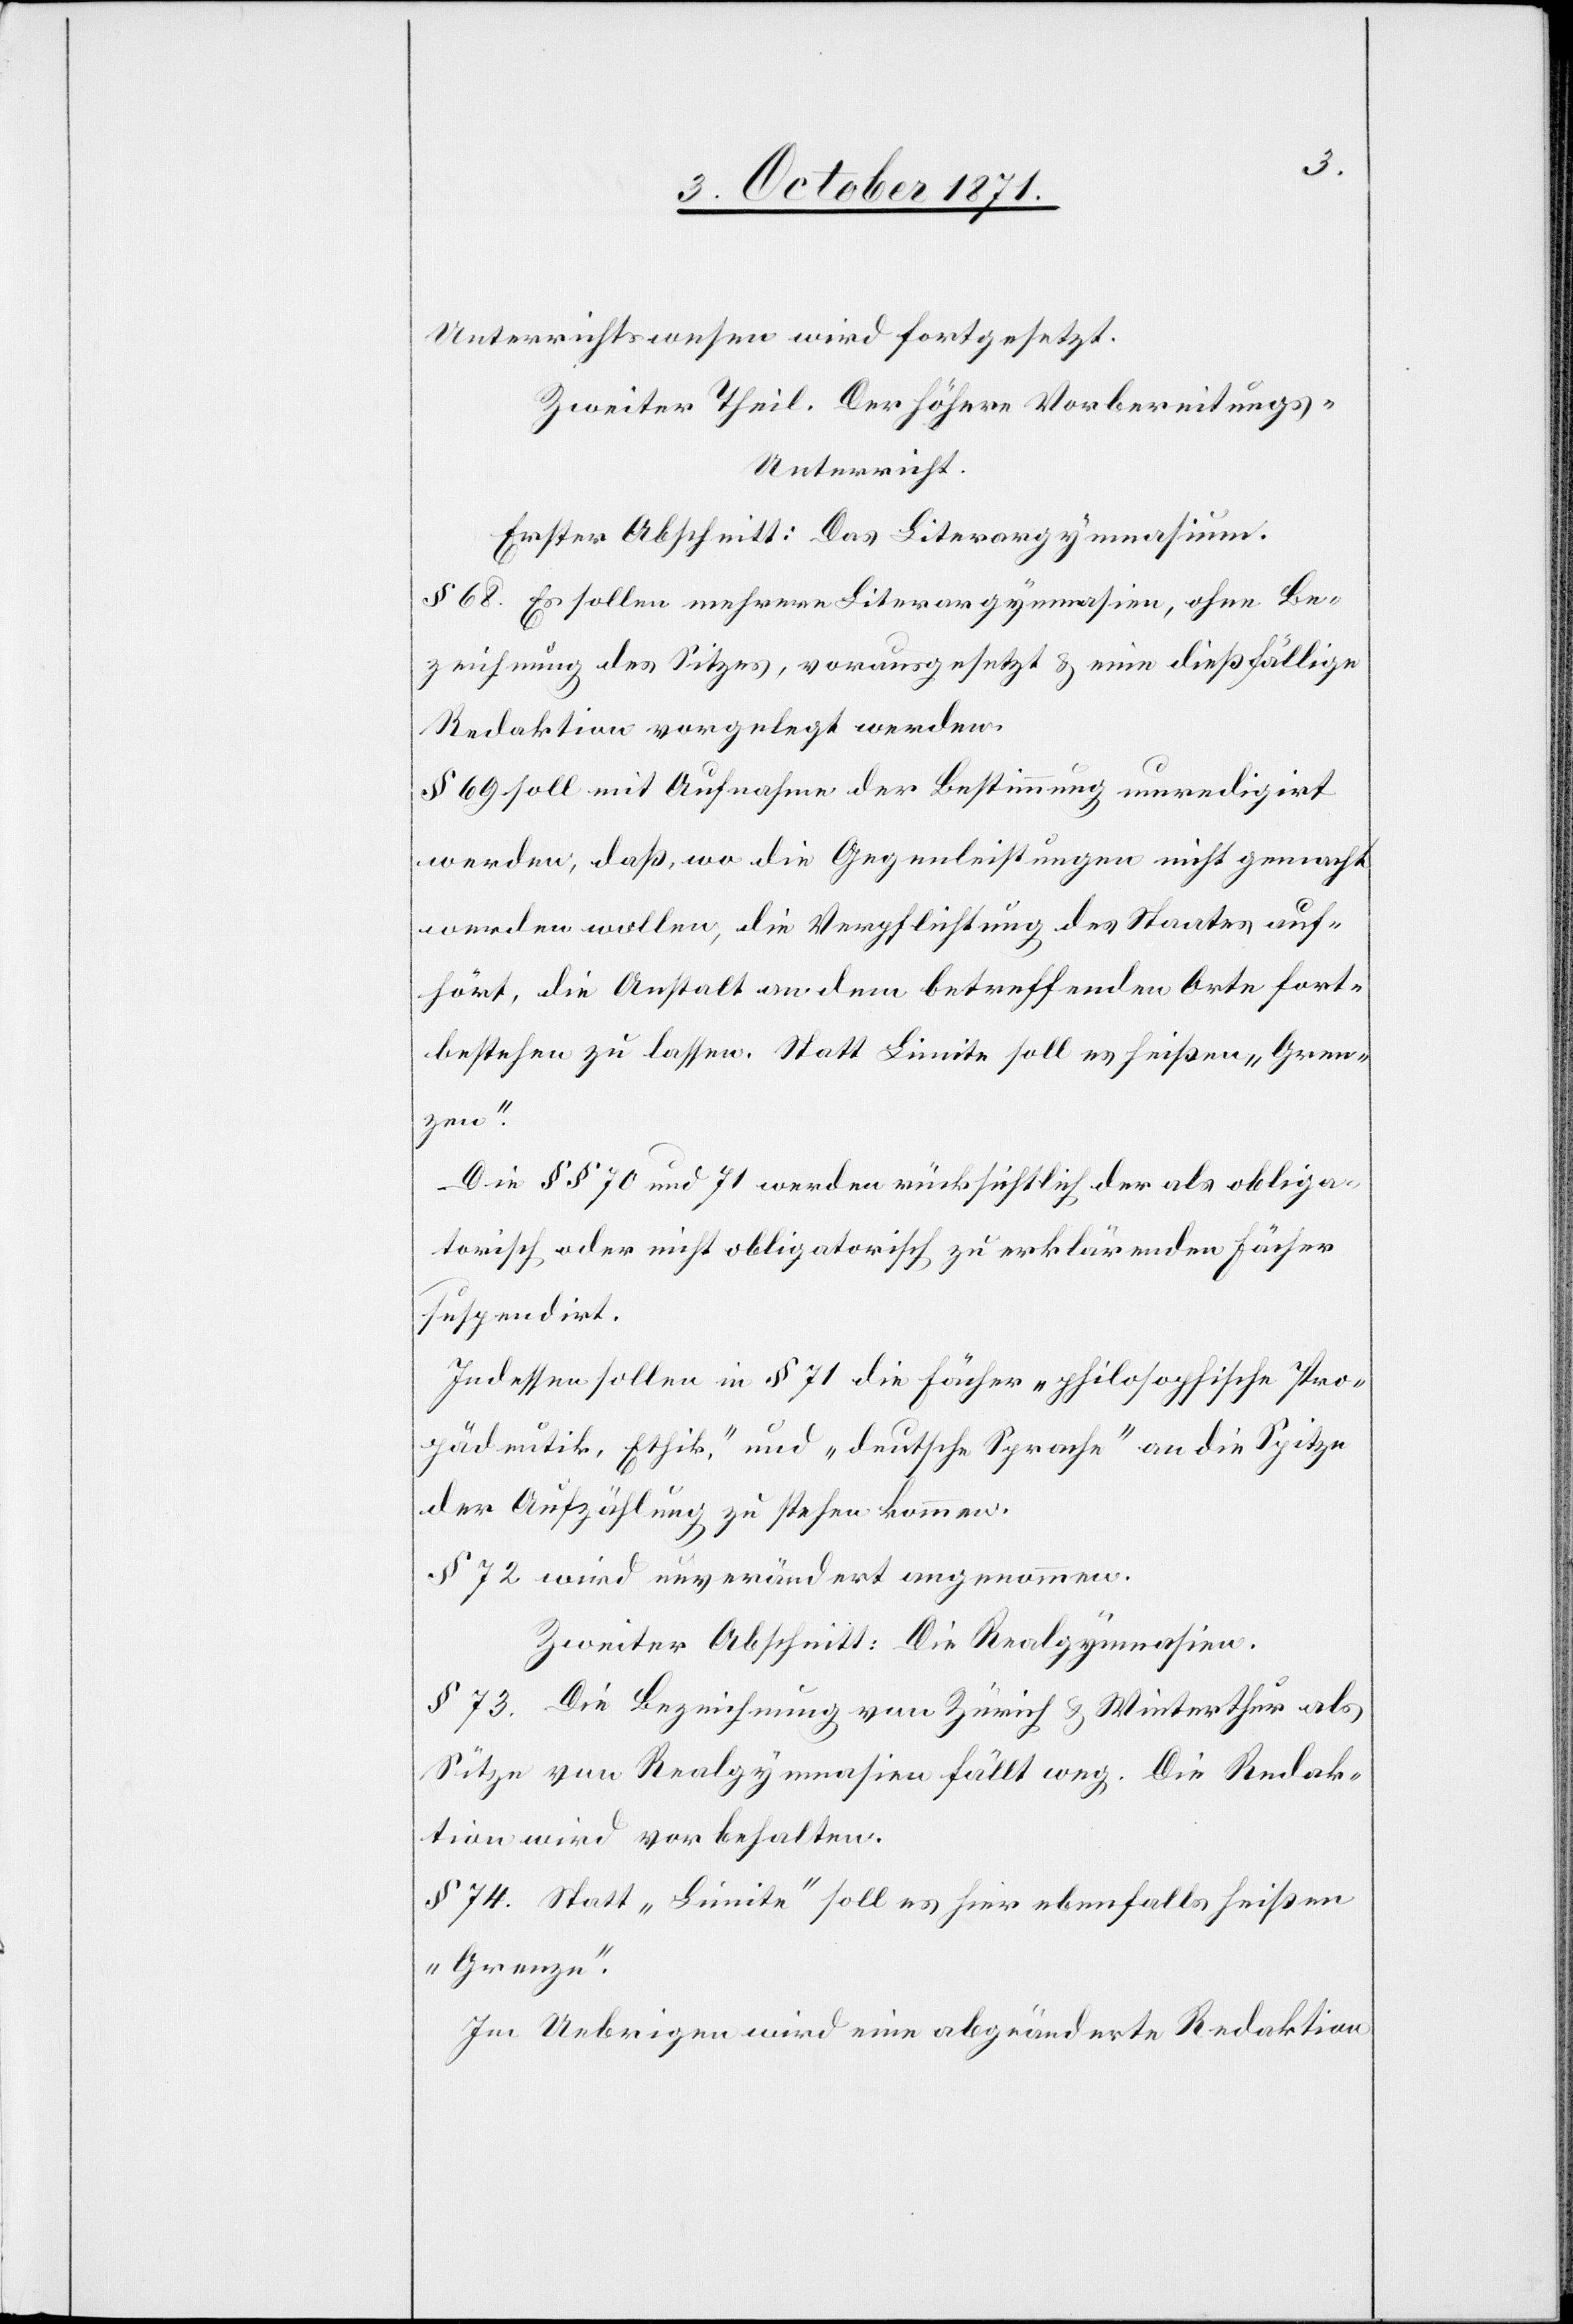
Unterrichtswesen wird fortgesetzt.
Zweiter Theil. Der höhere Vorbereitungs-U¬
nterricht.
Erster Abschnitt: Das Literargymnasium.
§ 68. Es sollen mehrere Literargymnasien, ohne Be¬
zeichnung des Sitzes, vorausgesetzt & eine dießfällige
Redaktion vorgelegt werden.
§ 69 soll mit Aufnahme der Bestimmung umredigirt
werden; daß, wo die Gegenleistungen nicht gemacht
werden wollen, die Verpflichtung des Staates auf¬
hört, die Anstalt an dem betreffenden Orte fort¬
bestehen zu lassen. Statt Limite soll es heißen „Gren¬
zen“.
Die §§ 70 und 71 werden rücksichtlich der als obliga¬
torisch oder nicht obligatorisch zu erklärenden Fächer
suspendirt.
Indessen sollen in § 71 die Fächer „philosophische Pro¬
pädeutik, Ethik“, und „deutsche Sprache“ an die Spitze
der Aufzählung zu stehen kommen.
§ 72 wird unverändert angenommen.
Zweiter Abschnitt: Die Realgymnasien.
§ 73. Die Bezeichnung von Zürich & Winterthur als
Sitze von Realgymnasien fällt weg. Die Redak¬
tion wird vorbehalten.
§ 74. Statt „Limite“ soll es hier ebenfalls heißen
„Grenze“.
Im Uebrigen wird eine abgeänderte Redaktion